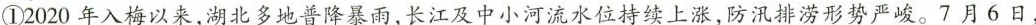
①2020年入梅以来，湖北多地普降暴雨，长江及中小河流水位持续上涨，防汛排涝形势严峻。7月6日，